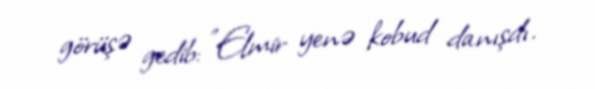
görüşə gedib: "Elmir yenə kobud danışdı.